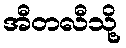
အီတလီသို့